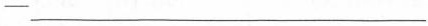
—— ___